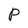
Character: P